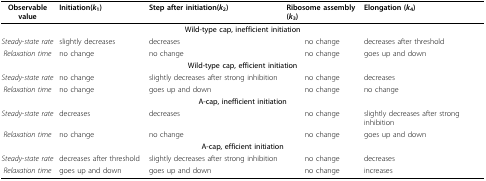
<table><thead><tr><td><b>Observable value</b></td><td><b>Initiation(<i>k</i><sub>1</sub>)</b></td><td><b>Step after initiation(<i>k</i><sub>2</sub>)</b></td><td><b>Ribosome assembly (<i>k</i><sub>3</sub>)</b></td><td><b>Elongation (<i>k</i><sub>4</sub>)</b></td></tr></thead><tbody><tr><td colspan="5"><b>Wild-type cap, inefficient initiation</b></td></tr><tr><td><i>Steady-state rate</i></td><td>slightly decreases</td><td>decreases</td><td>no change</td><td>decreases after threshold</td></tr><tr><td><i>Relaxation time</i></td><td>no change</td><td>no change</td><td>no change</td><td>goes up and down</td></tr><tr><td colspan="5"><b>Wild-type cap, efficient initiation</b></td></tr><tr><td><i>Steady-state rate</i></td><td>no change</td><td>slightly decreases after strong inhibition</td><td>no change</td><td>decreases</td></tr><tr><td><i>Relaxation time</i></td><td>no change</td><td>goes up and down</td><td>no change</td><td>no change</td></tr><tr><td colspan="5"><b>A-cap, inefficient initiation</b></td></tr><tr><td><i>Steady-state rate</i></td><td>decreases</td><td>decreases</td><td>no change</td><td>slightly decreases after strong inhibition</td></tr><tr><td><i>Relaxation time</i></td><td>no change</td><td>no change</td><td>no change</td><td>goes up and down</td></tr><tr><td colspan="5"><b>A-cap, efficient initiation</b></td></tr><tr><td><i>Steady-state rate</i></td><td>decreases after threshold</td><td>slightly decreases after strong inhibition</td><td>no change</td><td>decreases</td></tr><tr><td><i>Relaxation time</i></td><td>goes up and down</td><td>goes up and down</td><td>no change</td><td>increases</td></tr></tbody></table>